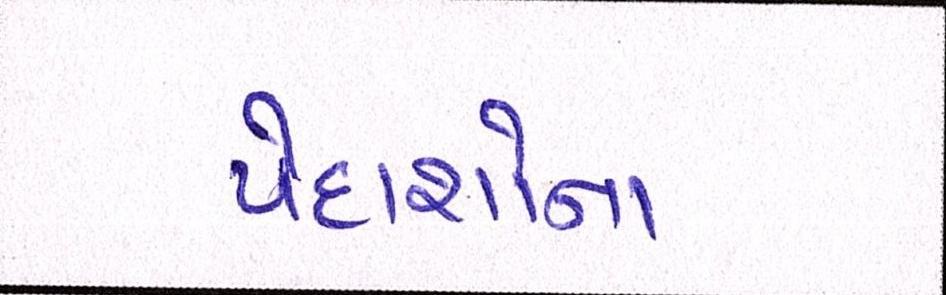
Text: પેદાશોનાં